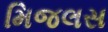
મિજલસ